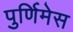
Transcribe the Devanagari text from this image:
पुर्णिमेस